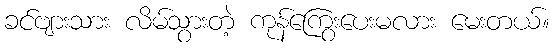
ခင်ဗျားသား လိမ်သွားတဲ့ ကုန်ကြွေးပေးမလား မေးတယ်။